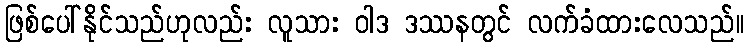
ဖြစ်ပေါ်နိုင်သည်ဟုလည်း လူသား ဝါဒ ဒဿနတွင် လက်ခံထားလေသည်။